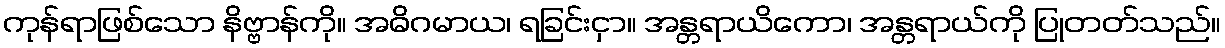
ကုန်ရာဖြစ်သော နိဗ္ဗာန်ကို။ အဓိဂမာယ၊ ရခြင်းငှာ။ အန္တရာယိကော၊ အန္တရာယ်ကို ပြုတတ်သည်။